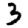
Digit: 3